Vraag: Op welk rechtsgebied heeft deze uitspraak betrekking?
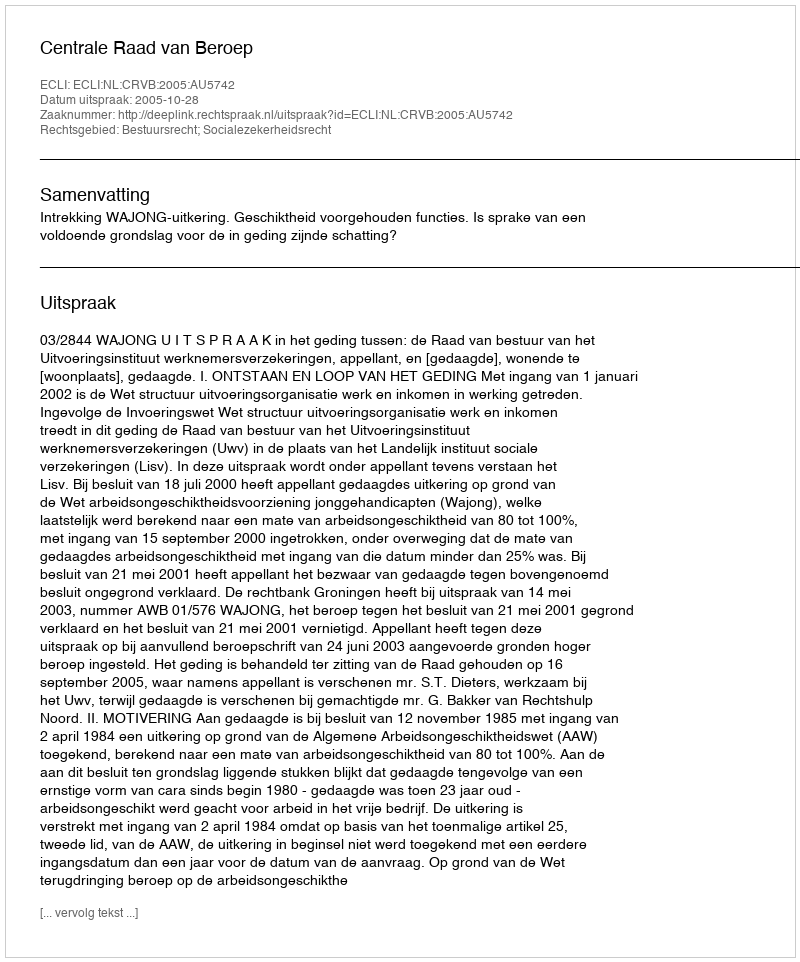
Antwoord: Bestuursrecht; Socialezekerheidsrecht